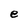
Character: e